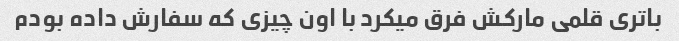
باتری قلمی مارکش فرق میکرد با اون چیزی که سفارش داده بودم